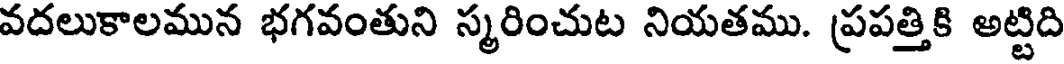
వదలుకాలమున భగవంతుని స్మరించుట నియతము. ప్రపత్తికి అట్టిది